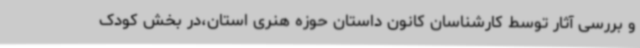
و بررسی آثار توسط کارشناسان کانون داستان حوزه هنری استان،در بخش کودک